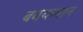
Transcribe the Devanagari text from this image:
बबयलान